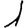
Digit: 1